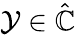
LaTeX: \mathcal{Y}\in\hat{\mathbb{C}}